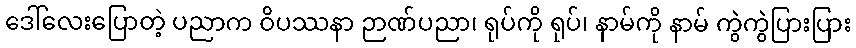
ဒေါ်လေးပြောတဲ့ ပညာက ဝိပဿနာ ဉာဏ်ပညာ၊ ရုပ်ကို ရုပ်၊ နာမ်ကို နာမ် ကွဲကွဲပြားပြား